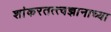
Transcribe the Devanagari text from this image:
शांकरतत्त्वज्ञानाच्या